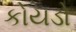
કોયડો